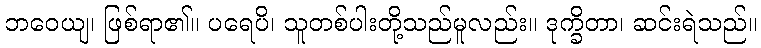
ဘဝေယျ၊ ဖြစ်ရာ၏။ ပရေပိ၊ သူတစ်ပါးတို့သည်မူလည်း။ ဒုက္ခိတာ၊ ဆင်းရဲသည်။